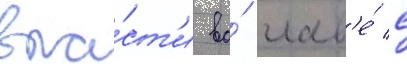
вла́ст'и во́ глав'е́ с